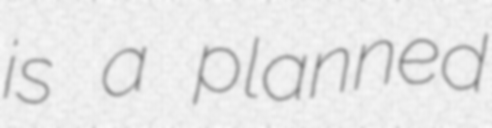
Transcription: is a planned